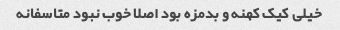
خیلی کیک کهنه و بدمزه بود اصلا خوب نبود متاسفانه